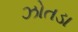
ઝોતડા